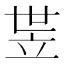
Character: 𬔛